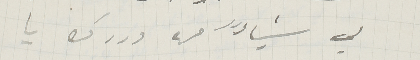
لي شيأً من دررك يا